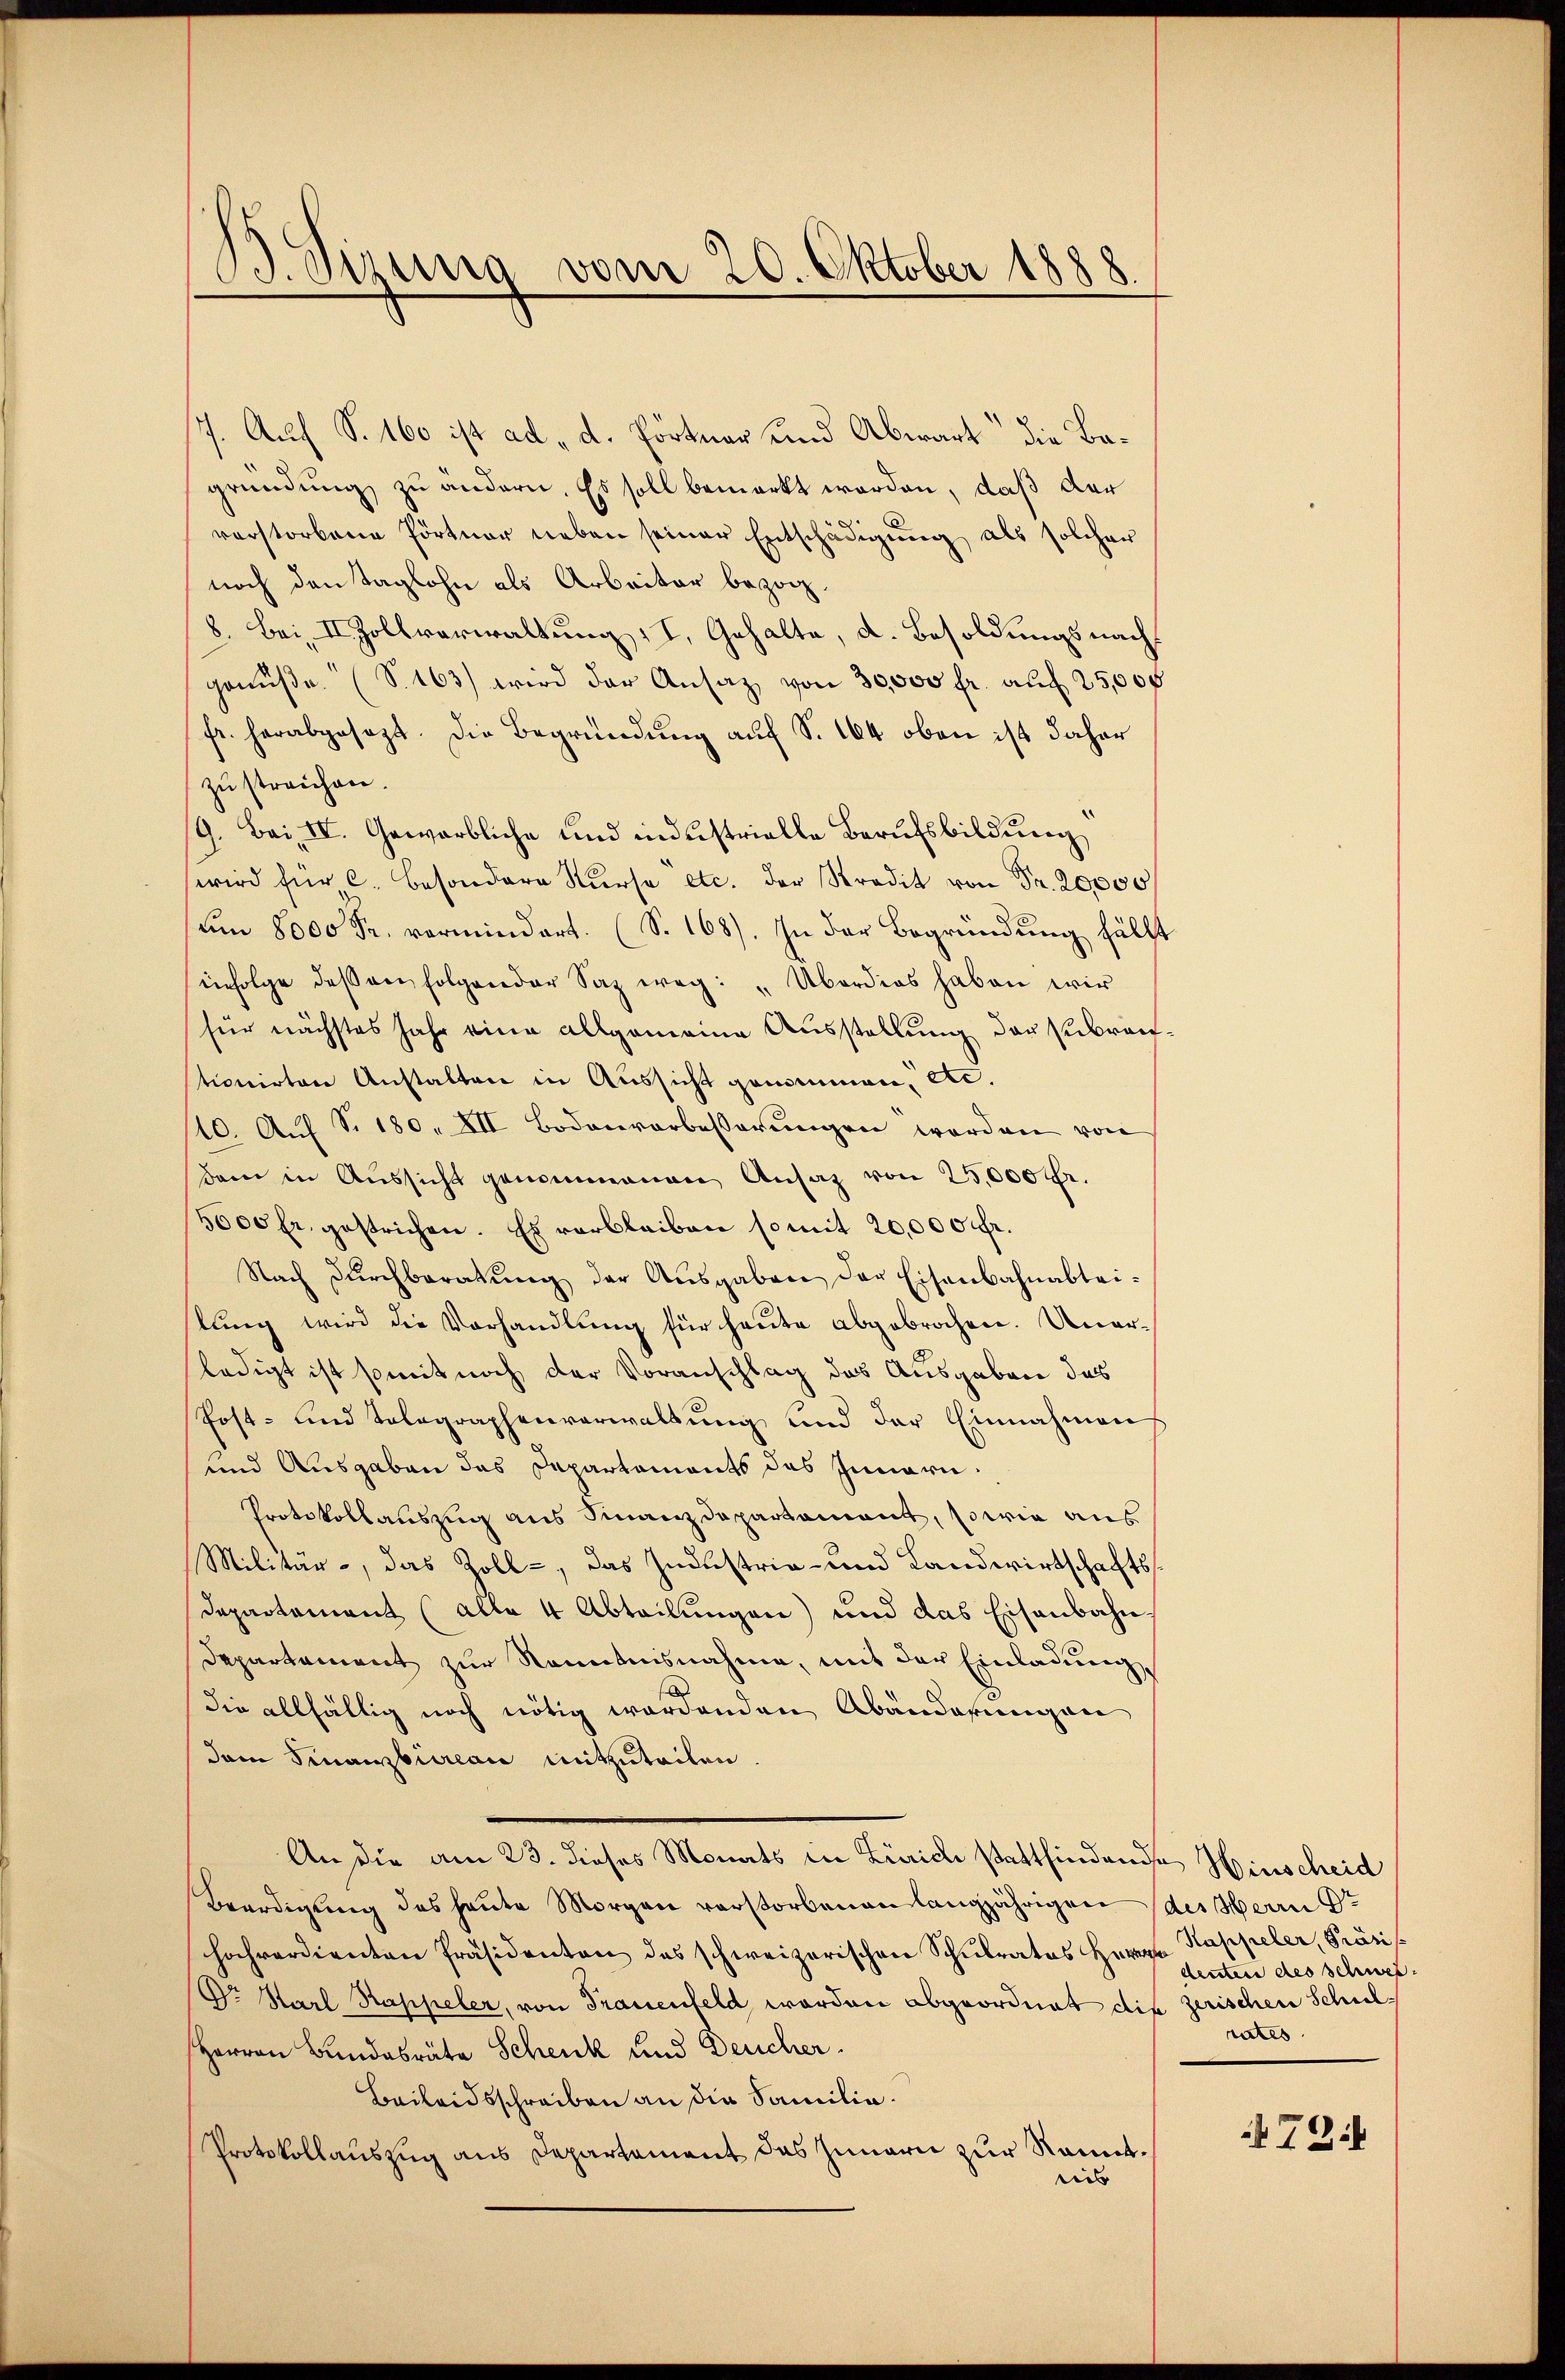
B. Sirung vom 20. Oktober 1888.

1. Auch S. 160 ist ad „d. Portner und Abwart die Bagründung zu ändern. Es soll bemerkt worden, daß der
verstorbene Portner neben seiner Entschädigung als solcher
noch den Taglohn als Arbeiter bezog.
8. Bei II Zollverwaltung: I. Gehalte, d. Besoldungsnachgenŭβe. (S. 163) wird der Ansatz von 30,000 fr. auf 25,000
fr. herabgesezt. Die Begründŭng auf S. 164 oben ist daher
zu streichen.
/9. Bai, IV. Gewerbliche und industrielle Berufsbildung
wird für C. Besondere Kŭrse etc. der Stradit von Fr. 20,000
um 8000 Fr. vermindert. (S. 168). In der Begründung fällt
infolge deßen folgender Saz weg: "Überdies haben wir
für nächstes Jahr eine allgemeine Ausstellung der subrau
tionirten Anstalten in Aussicht genommen, etc.
110. Aŭf S. 180. XII Bodenvorbesserungen werden von
dam in Aussicht genommenen Ansaz von 25,000 Fr.
5000 fr. gestrichen. Es verbleiben so mit 20,000 fr.
Nach dŭrchberatŭng der Aŭsgaben der Eisenbahnabtei-
lŭng wird die Vorhandlung für heute abgebrochen. Unerledigt ist somit noch der Voranschlag das Ausgaben das
Post- und Telegraphenverwaltung und der Einnahmen
und Ausgaben das Dapartaments des Innern,
Protokollauszug aus Finanzdepartament, sowie aus
Militär, das Zoll-, das Industria- und Landwirtschafts¬
Departement (alle 4 Abteilungen) und das Eisenbahn¬
Departement zur Renntnisnahme, mit der Einladung
die allfältig noch nötig wordenden Abänderungen
dam Finanzbüreau mitzuteilen.
An die am 23. dieses Monats in Zürich stattfindende Hinscheid
Beerdigung des heute Morgen verstorbenen langjährigen
hochverdienten Präsidenten des schweizerischen Schulrates Herrn Kappeler, Präsi
Dr Karl Kappeler, von Frauenfeld, worden abgeordnet die zerischen Schul¬
Herren Bundesräte Schenk und Deucher.
Beileidsschreiben an die Familie.
Protokollauszug aus Departement das Innern zur Sanitriis

des Herrn Dr
denten des schwer.
rates.

794